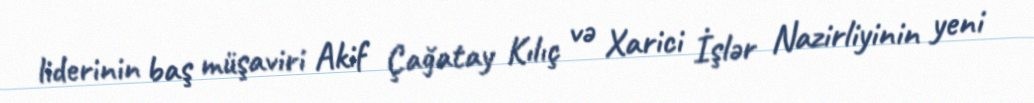
liderinin baş müşaviri Akif Çağatay Kılıç və Xarici İşlər Nazirliyinin yeni